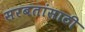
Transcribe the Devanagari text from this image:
सरबतांसाठी